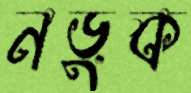
নড়ুক